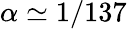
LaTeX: \alpha\simeq 1/137